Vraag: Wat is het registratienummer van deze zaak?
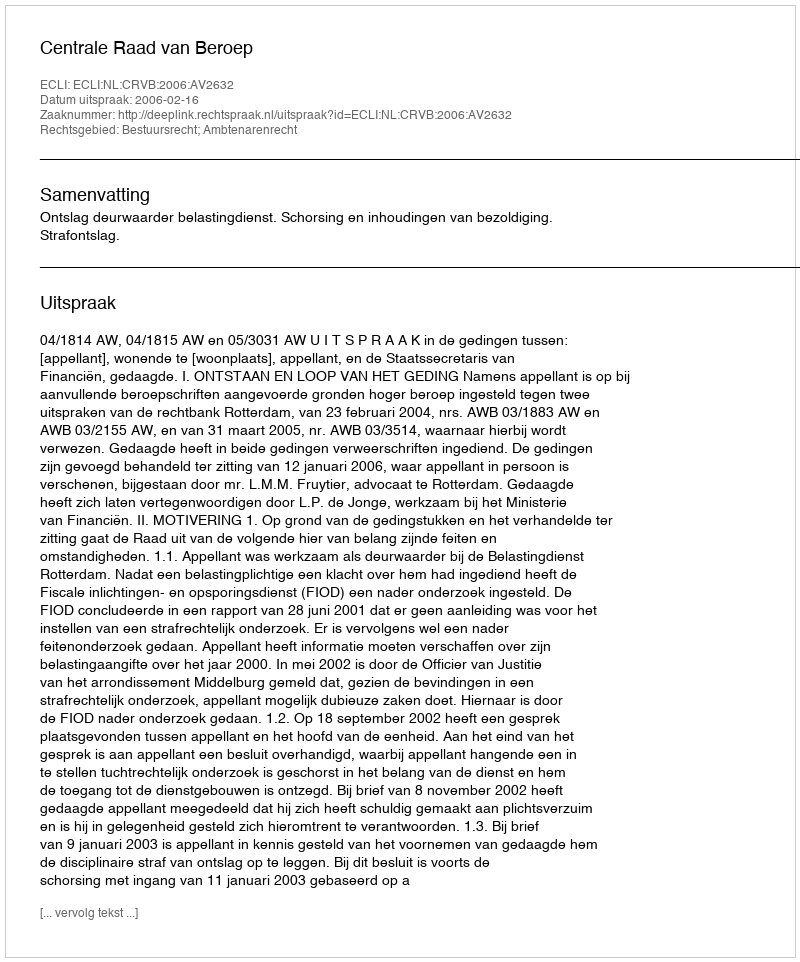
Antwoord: http://deeplink.rechtspraak.nl/uitspraak?id=ECLI:NL:CRVB:2006:AV2632